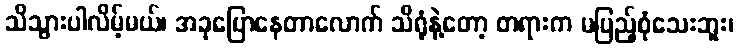
သိသွားပါလိမ့်မယ်၊ အခုပြောနေတာလောက် သိရုံနဲ့တော့ တရားက မပြည့်စုံသေးဘူး၊